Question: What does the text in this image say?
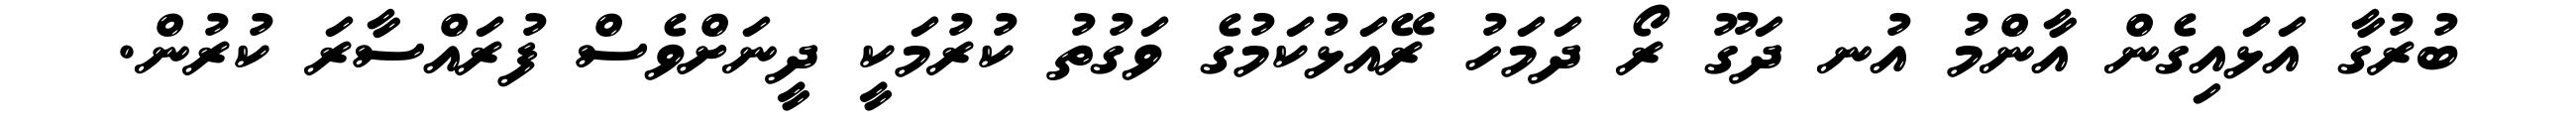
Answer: ބުރުގާ އަޅައިގެން އާންމު އުނ ދަގޫ ރޯ ދަމަހު ރޭއަޅުކަމުގެ ވަގުތު ކުރުމަކީ ދީނަށްވެސް ފުރައްސާރަ ކުރުން.